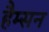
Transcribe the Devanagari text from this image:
हैम्सन